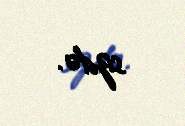
sizdə.